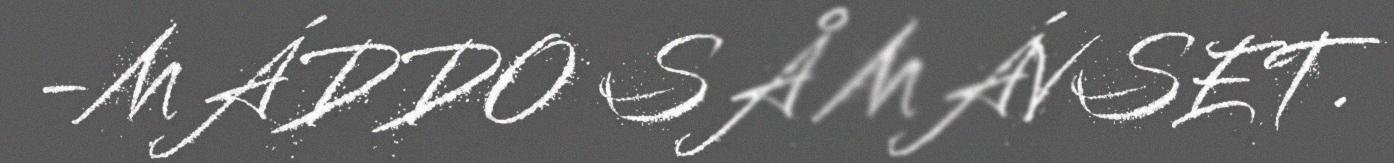
-MÁDDO SÅ MÁVSET.